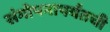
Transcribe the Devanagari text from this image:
संगोपनापर्यंतची